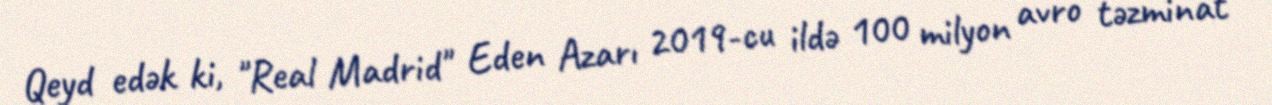
Qeyd edək ki, "Real Madrid" Eden Azarı 2019-cu ildə 100 milyon avro təzminat